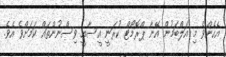
އެހެންވެ މި އަލްބަމުން އޭނާ ޕްރޮމޯޓް ކުރަނީ އީސާއީ ވިސްނުންތައް ކަމަށްވެ އެވެ.